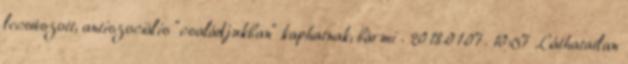
lecsúszott, antiszociális "családjukban" kaphatnak, bármi . 2018.01.07. 10:57 Láthatatlan